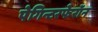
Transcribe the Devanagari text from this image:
पेगिन्टरफेरॉन